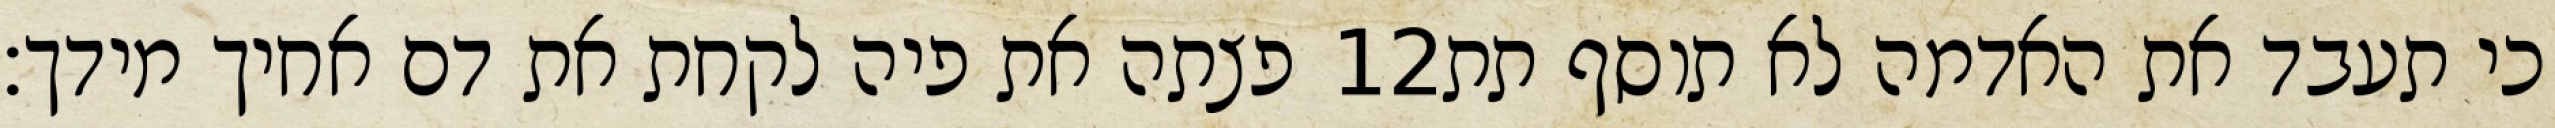
פצתה את פיה לקחת את דם אחיך מידך׃ ‎12‏ כי תעבד את האדמה לא תוסף תת